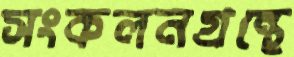
সংকলনগ্রন্থে